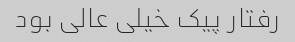
رفتار پیک خیلی عالی بود